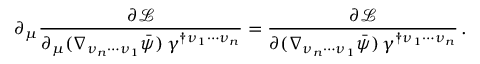
\partial _ { \mu } \frac { \partial \mathcal { L } } { \partial _ { \mu } ( \nabla _ { \nu _ { n } \cdots \nu _ { 1 } } \bar { \psi } ) \, \gamma ^ { \dagger \nu _ { 1 } \cdots \nu _ { n } } } = \frac { \partial \mathcal { L } } { \partial ( \nabla _ { \nu _ { n } \cdots \nu _ { 1 } } \bar { \psi } ) \, \gamma ^ { \dagger \nu _ { 1 } \cdots \nu _ { n } } } \, .